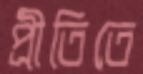
প্রীতিতে